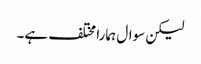
لیکن سوال ہمارا مختلف ہے۔